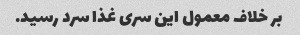
بر خلاف معمول این سری غذا سرد رسید.